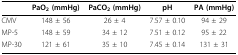
|  | PaO2 (mmHg) | PaCO2 (mmHg) | pH | PA (mmHg) |
 | --- | --- | --- | --- | --- |
 | CMV | 148 ± 56 | 26 ± 4 | 7.57 ± 0.10 | 94 ± 29 |
 | MP-5 | 148 ± 59 | 34 ± 12 | 7.51 ± 0.12 | 95 ± 22 |
 | MP-30 | 121 ± 61 | 35 ± 10 | 7.45 ± 0.14 | 131 ± 31 |